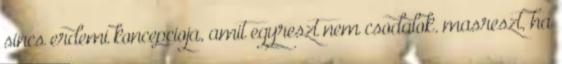
sincs erdemi koncepcioja, amit egyreszt nem csodalok. masreszt, ha